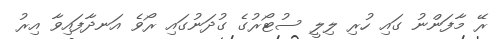
ރޭ މާފަންނު ގައި ހުރި ލިލީ ސުޓޯރުގެ ގުދަނުގައި ރޯވެ އަނދާފައިވާ އިރު